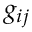
g _ { i j }